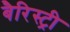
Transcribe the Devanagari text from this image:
बैरिस्ट्री